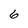
Character: 6